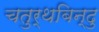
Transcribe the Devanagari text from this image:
चतुर्थबिन्दु